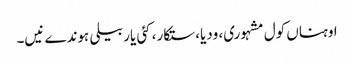
اوہناں کول مشہوری، ودیا، ستکار، کئی یار بیلی ہوندے نیں۔